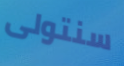
سنتولى